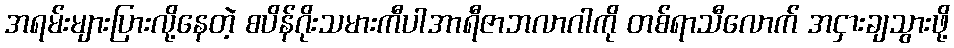
အရမ်းများပြားလို့နေတဲ့ စပိန်ဂိုးသမားကီပါအာရီဇာဘလာဂါကို တစ်ရာသီလောက် အငှားချသွားဖို့